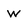
Character: w